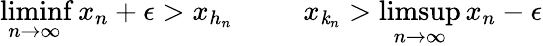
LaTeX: \operatorname*{liminf}_{n\to\infty}x_{n}+\epsilon>x_{h_{n}}\; \; \; \; \; \; \; \; \; x_{\mathit{k}_{n}}>\operatorname*{limsup}_{n\to\infty}x_{n}-\epsilon